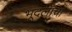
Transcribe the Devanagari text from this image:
भूदलाचा